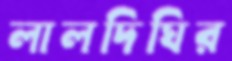
লালদিঘির